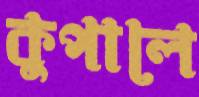
কুপালে